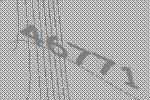
46771